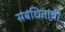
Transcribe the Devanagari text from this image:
संबंधितांची